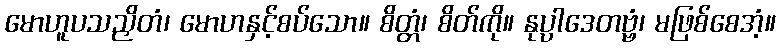
မောဟူပသညှိတံ၊ မောဟနှင့်စပ်သော။ စိတ္တံ၊ စိတ်ကို။ နုပ္ပါဒေတဗ္ဗံ၊ မဖြစ်စေအံ့။